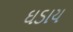
ઘડાય